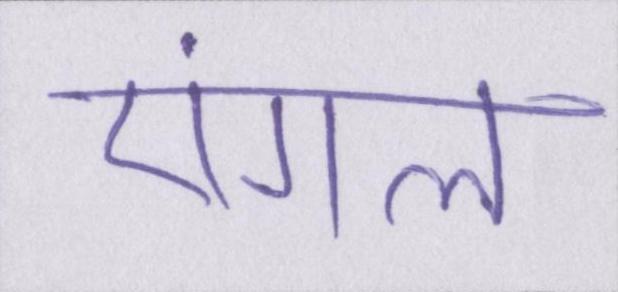
एंगल